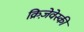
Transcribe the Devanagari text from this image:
क्रिज़ेवेस्की